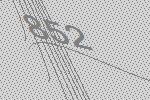
852